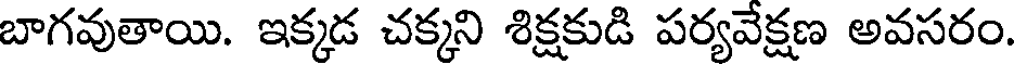
బాగవుతాయి. ఇక్కడ చక్కని శిక్షకుడి పర్యవేక్షణ అవసరం.